Annual vaccination report of Bihar and Orissa - 1911-1928
Year: 1911
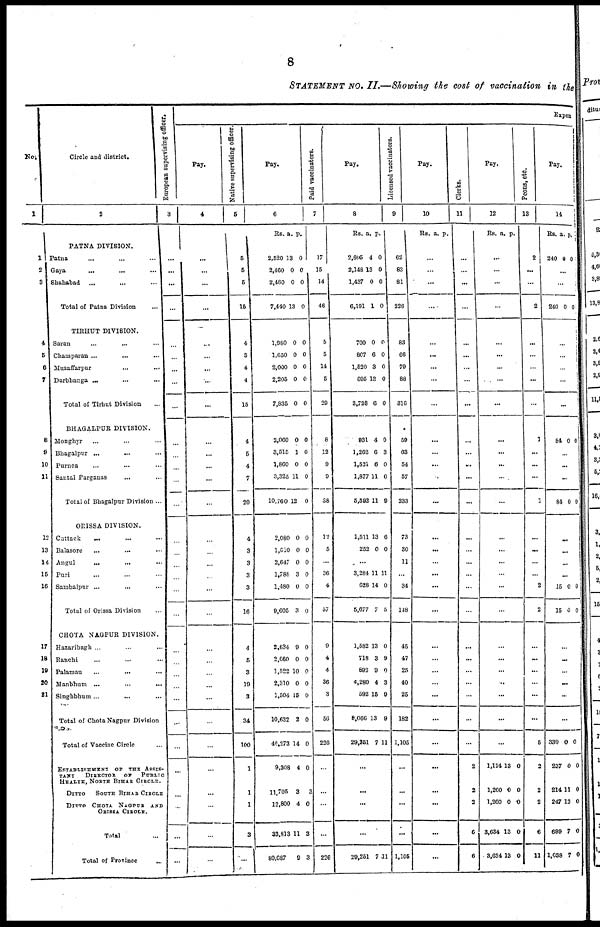
8
STATEMENT NO. II.—Showing the cost of vaccination in the
No.
1
1
2
3
4
5
6
7
8
9
10
11
12
13
14
15
16
17
18
10
20
21
Circle and district.
2
PATNA DIVISION.
Patna... ... ...
Gaya... ... ...
Shahabad... ... ...
Total of Patna Division...
TIRHUT DIVISION.
Saran... ... ...
Champaran ... ... ...
Muzaffarpur... ... ...
Darbhanga ... ... ...
Total of Tirhut Division
BHAGALPUR DIVISION.
Monghyr... ... ...
Bhagalpur...
...
...
Purnea... ... ...
Santal Parganas... ...
Total of Bhagalpur Division ...
ORISSA DIVISION.
Cuttack... ... ...
Balasore... ... ...
Angul...
...
...
Puri... ... ...
Sambalpur... ... ...
Total of Orissa Division...
CHOTA NAGPUR DIVISION.
Hazaribagh... ... ...
Ranchi... ... ...
Palamau... ... ...
Manbhum... ... ...
Singhbhum... ... ...
Total of Chota Nagpur Division
Total of Vaccine Circle
ESTABLISHMENT OF
THE ASSIS-
TANT
DIRECTOR OR
PUBLIC
HEALTH, NORTH BIHAR CIRCLE.
DITTO
SOUTH BIHAR CIRCLE
DITTO CHOTA NAGPUR AND
ORISSA CIRCLE.
Total...
Total of Province...
European supervising officer.
3
...
...
...
...
...
...
...
...
...
...
...
...
...
...
...
...
...
...
...
...
...
...
...
...
...
...
...
...
...
...
...
...
Expen
Pay.
4
...
...
...
...
...
...
...
...
...
...
...
...
...
...
...
...
...
...
...
...
...
...
...
...
...
...
...
...
...
...
...
...
Native supervising officer.
5
5
5
5
15
4
3
4
4
15
4
5
4
7
20
4
3
3
3
3
16
4
5
3
19
3
34
100
1
1
1
3
1
Pay.
6
Rs.
2,520
3,460
2,460
7,440
1,980
1,650
2,000
2,205
7,835
2,060
3,515
1,860
3,325
10,760
2,080
1,010
2,647
1,788
1,480
9,605
2,634
2,660
1,522
2,310
1,504
10,632
46,273
9,308
11,705
12,800
33,813
80,087
a.
13
0
0
13
0
0
0
0
0
0
1
0
11
12
0
0
0
3
0
3
9
0
10
0
15
2
14
4
3
4
11
9
p.
0
0
0
0
0
0
0
0
0
0
0
0
0
0
0
0
0
0
0
0
0
0
0
0
0
0
0
0
3
0
3
3
Paid vaccinators.
7
17
15
14
46
5
5
14
5
29
8
12
9
9
38
12
5
...
36
4
57
9
4
4
36
3
56
226
...
...
...
...
226
Pay.
8
Rs.
2,695
2,148
1,437
6,191
700
807
1,520
695
3,723
931
1,262
1,521
1,877
5,592
1,511
252
a.
4
13
0
1
0
6
3
18
6
4
6
6
11
11
13
0
p.
0
0
0
0
0
0
0
0
0
0
3
0
0
9
6
0
...
3,284
628
5,677
1,582
718
892
4,280
592
8,066
29,251
11
14
7
13
3
9
4
15
13
7
11
0
5
0
9
0
3
9
9
11
...
...
...
...
29,251 7 11
Licensed vaccinators.
9
62
83
81
226
83
66
79
88
316
59
63
54
57
233
73
30
11
...
34
148
45
47
25
40
25
182
1,105
...
...
...
...
1,105
Pay.
10
Rs. a. p.
...
...
...
....
...
...
...
...
...
...
...
...
...
...
...
...
...
...
...
...
...
...
...
...
...
...
...
...
...
...
...
...
Clerks.
11
...
...
...
...
...
...
...
...
...
...
...
...
...
...
...
...
...
...
...
...
...
...
...
...
...
...
...
2
2
2
6
6
Pay.
12
Rs. a. p.
...
...
...
...
...
...
...
...
...
...
...
...
...
...
...
...
...
...
...
...
...
...
...
...
...
...
...
1,114
1,260
1,260
3,634
3,634
13
0
0
13
13
0
0
0
0
0
Peons, etc.
13
2
...
...
2
...
...
...
...
...
1
...
...
...
1
...
...
...
...
2
2
...
...
...
...
...
...
5
2
2
2
6
11
Pay.
14
Rs
240
a.
0
p.
0
...
...
240 0 0
...
...
...
...
...
84 0 0
...
...
...
84 0 0
...
...
...
...
15
15
0
0
0
0
...
...
...
...
...
...
339
237
214
247
699
1,038
0
0
11
12
7
7
0
0
0
0
0
0